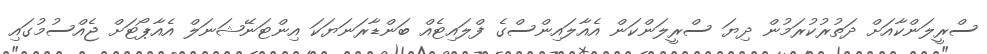
ސްރީލަންކާއަށް ދަތުރުކުރަމުން ދިޔަ ސްރީލަންކަން އެއާލައިންސްގެ ފްލައިޓެއް ބަންޑާރަނަޔަކަ އިންޓަނޭޝަނަލް އެއާޕޯޓަށް ޖެއްސުމުގައި